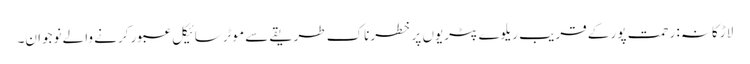
لاڑکانہ: رحمت پور کے قریب ریلوے پٹریوں پر خطرناک طریقے سے موٹرسائیکل عبور کرنے والے نوجوان۔